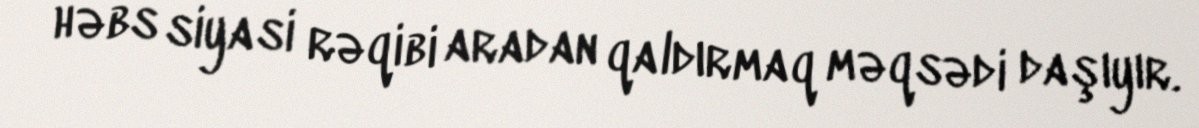
həbs siyasi rəqibi aradan qaldırmaq məqsədi daşıyır.